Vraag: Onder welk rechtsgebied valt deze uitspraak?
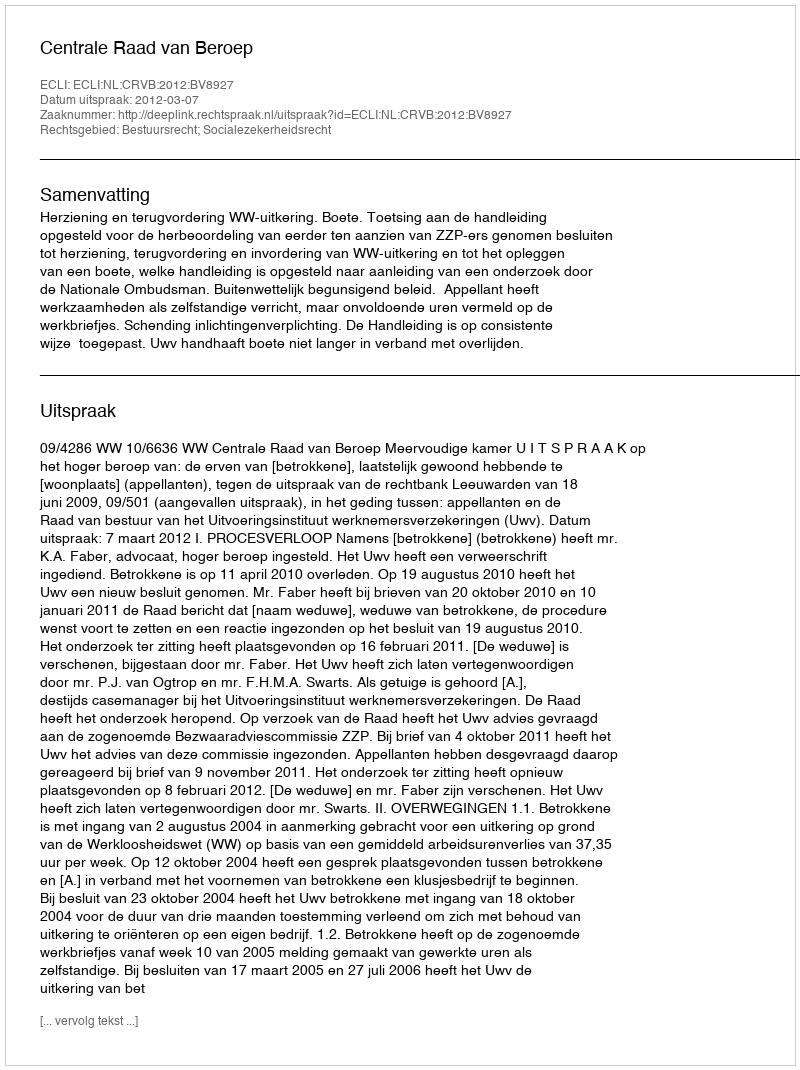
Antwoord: Bestuursrecht; Socialezekerheidsrecht